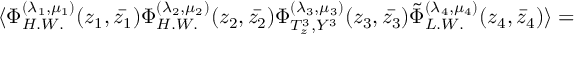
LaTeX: \langle \Phi _ { H . W . } ^ { ( \lambda _ { 1 } , \mu _ { 1 } ) } ( z _ { 1 } , \bar { z _ { 1 } } ) \Phi _ { H . W . } ^ { ( \lambda _ { 2 } , \mu _ { 2 } ) } ( z _ { 2 } , \bar { z _ { 2 } } ) \Phi _ { T _ { z } ^ { 3 } , Y ^ { 3 } } ^ { ( \lambda _ { 3 } , \mu _ { 3 } ) } ( z _ { 3 } , \bar { z _ { 3 } } ) \tilde { \Phi } _ { L . W . } ^ { ( \lambda _ { 4 } , \mu _ { 4 } ) } ( z _ { 4 } , \bar { z } _ { 4 } ) \rangle =